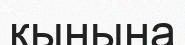
қынына